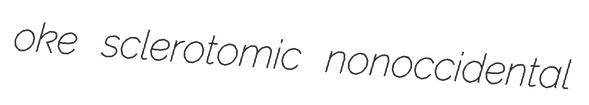
oke sclerotomic nonoccidental